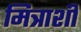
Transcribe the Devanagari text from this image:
मित्राशी